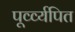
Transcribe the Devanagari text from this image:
पूर्व्व्यपित